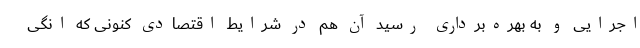
اجرایی و به بهره‌برداری رسید آن هم در شرایط اقتصادی کنونی که انگی